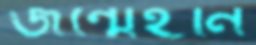
জন্মেইনি